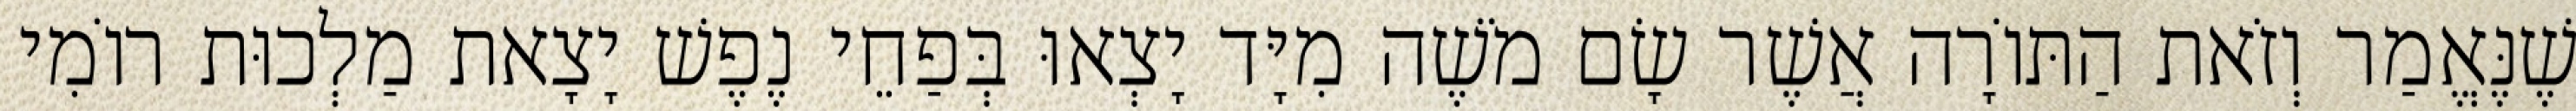
שֶׁנֶּאֱמַר וְזֹאת הַתּוֹרָה אֲשֶׁר שָׂם מֹשֶׁה מִיָּד יָצְאוּ בְּפַחֵי נֶפֶשׁ יָצָאת מַלְכוּת רוֹמִי